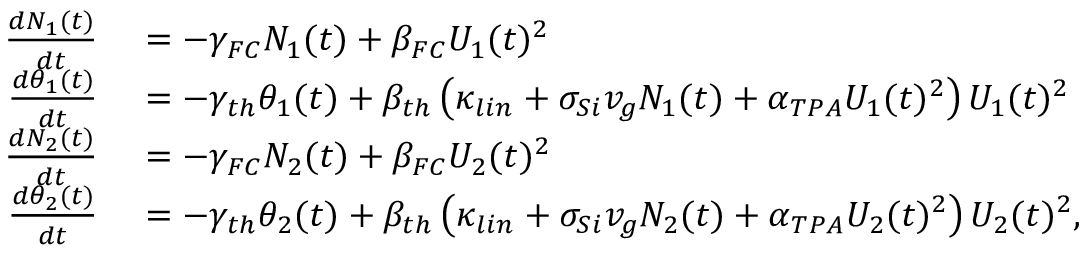
\begin{array} { r l } { \frac { d N _ { 1 } ( t ) } { d t } } & { { } = - \gamma _ { F C } N _ { 1 } ( t ) + \beta _ { F C } U _ { 1 } ( t ) ^ { 2 } } \\ { \frac { d \theta _ { 1 } ( t ) } { d t } } & { { } = - \gamma _ { t h } \theta _ { 1 } ( t ) + \beta _ { t h } \left( \kappa _ { l i n } + \sigma _ { S i } v _ { g } N _ { 1 } ( t ) + \alpha _ { T P A } U _ { 1 } ( t ) ^ { 2 } \right) U _ { 1 } ( t ) ^ { 2 } } \\ { \frac { d N _ { 2 } ( t ) } { d t } } & { { } = - \gamma _ { F C } N _ { 2 } ( t ) + \beta _ { F C } U _ { 2 } ( t ) ^ { 2 } } \\ { \frac { d \theta _ { 2 } ( t ) } { d t } } & { { } = - \gamma _ { t h } \theta _ { 2 } ( t ) + \beta _ { t h } \left( \kappa _ { l i n } + \sigma _ { S i } v _ { g } N _ { 2 } ( t ) + \alpha _ { T P A } U _ { 2 } ( t ) ^ { 2 } \right) U _ { 2 } ( t ) ^ { 2 } , } \end{array}